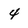
Character: 4